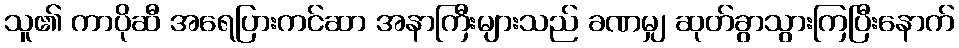
သူ၏ ကာပိုဆီ အရေပြားကင်ဆာ အနာကြီးများသည် ခဏမျှ ဆုတ်ခွာသွားကြပြီးနောက်